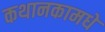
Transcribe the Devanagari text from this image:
कथानकामधे